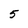
Character: 5